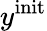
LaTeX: y^{\mathrm{init}}